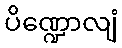
ပိဏ္ဍောလျံ